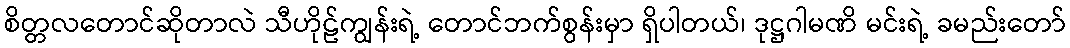
စိတ္တလတောင်ဆိုတာလဲ သီဟိုဠ်ကျွန်းရဲ့ တောင်ဘက်စွန်းမှာ ရှိပါတယ်၊ ဒုဋ္ဌဂါမဏိ မင်းရဲ့ ခမည်းတော်